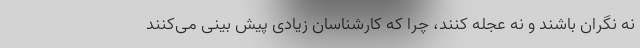
نه نگران باشند و نه عجله کنند، چرا که کارشناسان زیادی پیش بینی می‌کنند